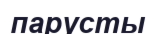
парусты